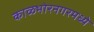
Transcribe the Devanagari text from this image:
काळभोरनगरमध्ये